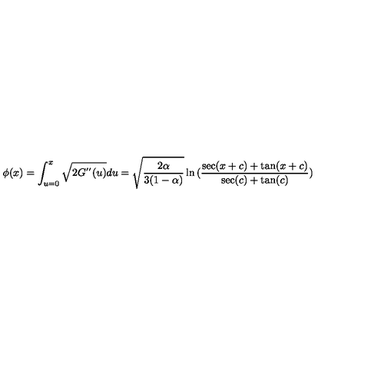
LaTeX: \phi ( x ) = \int _ { u = 0 } ^ { x } \sqrt { 2 G ^ { ' ^ { \prime } } ( u ) } d u = \sqrt { \frac { 2 \alpha } { 3 ( 1 - \alpha ) } } \ln { ( \frac { \sec ( x + c ) + \tan ( x + c ) } { \sec ( c ) + \tan ( c ) } ) }